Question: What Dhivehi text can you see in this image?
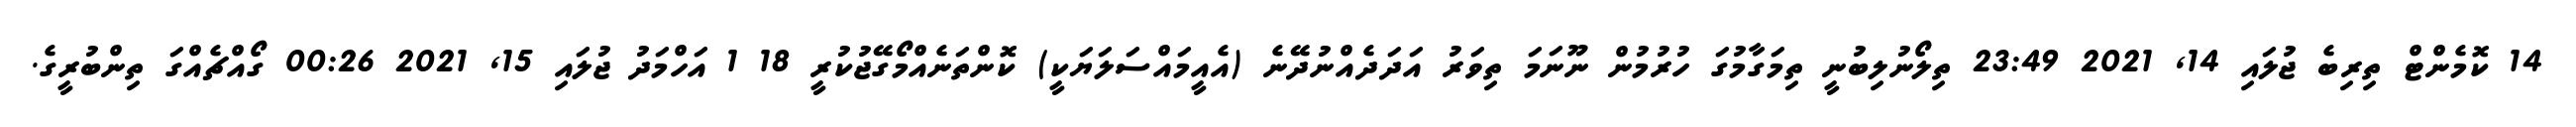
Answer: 14 ކޮމެންޓް ތިރިބެ ޖުލައި 14, 2021 23:49 ތިލޯނުލިބުނީ ތިމަގާމުގަ ހުރުމުން ނޫނަމަ ތިވަރު އަދަދެއްނުދޭނެ (އެއީމައްސަލަޔަކީ) ކޮންތަނެއްމޯގޭޖުކުރީ 18 1 އަހްމަދު ޖުލައި 15, 2021 00:26 ގޯއްޗެއްގަ ތިންބުރީގެ.